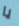
يا